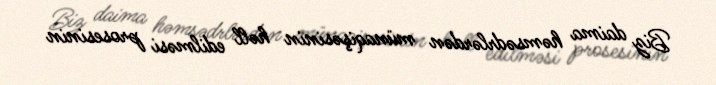
Biz daima həmsədrlərdən münaqişəsinin həll edilməsi prosesinin